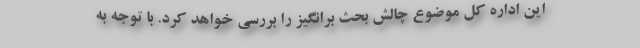
این اداره کل موضوع چالش بحث برانگیز را بررسی خواهد کرد. با توجه به